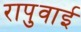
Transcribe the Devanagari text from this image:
रापुवाई